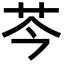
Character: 芩